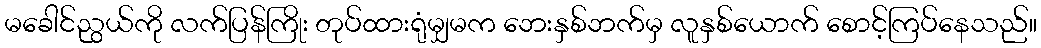
မခေါင်ညွယ်ကို လက်ပြန်ကြိုး တုပ်ထားရုံမျှမက ဘေးနှစ်ဘက်မှ လူနှစ်ယောက် စောင့်ကြပ်နေသည်။